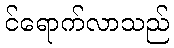
င်ရောက်လာသည်